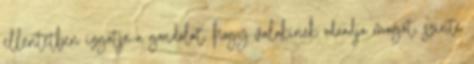
ellentétben izgatja a gondolat, hogy valakinek odaadja magát, szinte